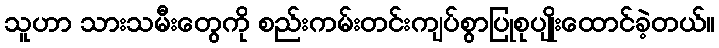
သူဟာ သားသမီးတွေကို စည်းကမ်းတင်းကျပ်စွာပြုစုပျိုးထောင်ခဲ့တယ်။